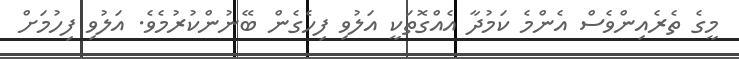
މީގެ ތެރެއިންވެސް އެންމެ ކަމުދާ އެއްގޮތަކީ އަލުވި ފިހެގެން ބޭނުންކުރުމެވެ. އަލުވި ފިހުމަށް